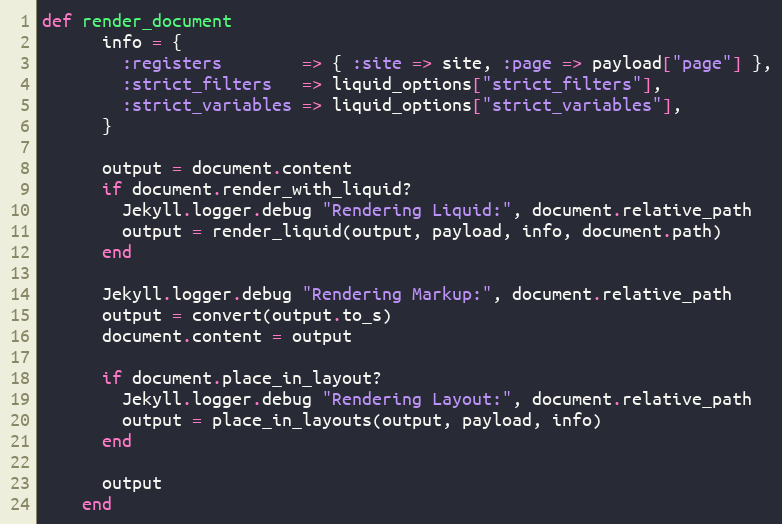
Language: Ruby
def render_document
      info = {
        :registers        => { :site => site, :page => payload["page"] },
        :strict_filters   => liquid_options["strict_filters"],
        :strict_variables => liquid_options["strict_variables"],
      }

      output = document.content
      if document.render_with_liquid?
        Jekyll.logger.debug "Rendering Liquid:", document.relative_path
        output = render_liquid(output, payload, info, document.path)
      end

      Jekyll.logger.debug "Rendering Markup:", document.relative_path
      output = convert(output.to_s)
      document.content = output

      if document.place_in_layout?
        Jekyll.logger.debug "Rendering Layout:", document.relative_path
        output = place_in_layouts(output, payload, info)
      end

      output
    end